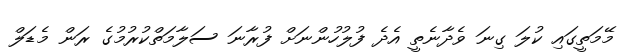
މޭމަތީގައި ކުލަ ގިނަ ވެދާނެތީ އެދެ ފުލުހުންނަށް ފުރާނަ ސަލާމަތްކުރުމުގެ ރަން މެޑަލް